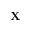
\mathbf { X }